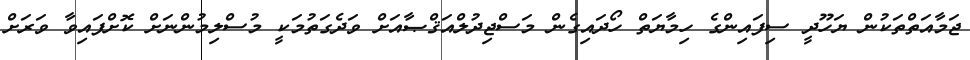
ޖަމާއަތްތަކުން ޔަހޫދީ ސިފައިންގެ ހިމާޔަތް ހޯދައިގެން މަސްޖިދުލްއަޤްޞާއަށް ވަދެގަތުމަކީ މުސްލިމުންނަށް ކޮށްފައިވާ ވަަރަށް